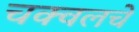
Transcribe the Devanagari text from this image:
चक्वलचे